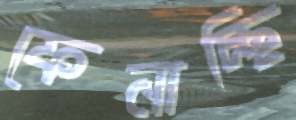
ফেনাচ্ছি